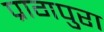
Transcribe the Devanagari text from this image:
प्रागपुरा